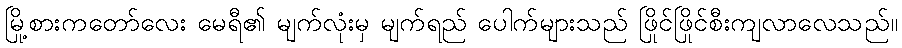
မြို့စားကတော်လေး မေရီ၏ မျက်လုံးမှ မျက်ရည် ပေါက်များသည် ဖြိုင်ဖြိုင်စီးကျလာလေသည်။